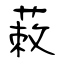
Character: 蓛